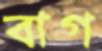
বাগ